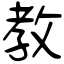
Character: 教